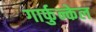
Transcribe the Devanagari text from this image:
गार्फुन्केल